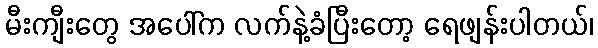
မီးကျီးတွေ အပေါ်က လက်နဲ့ခံပြီးတော့ ရေဖျန်းပါတယ်၊